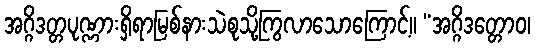
အဂ္ဂိဒတ္တပုဏ္ဏားရှိရာမြစ်နားသဲစုသို့ကြွလာသောကြောင့်။ “အဂ္ဂိဒတ္တောဝ၊